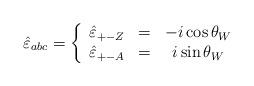
LaTeX: \begin{align*}\hat{\varepsilon}_{abc} = \left\{ \begin{array} {ccc} \hat{\varepsilon}_{+-Z}&=&- i \cos\theta_W\\ \hat{\varepsilon}_{+-A}& =&i \sin\theta_W \end{array}\right.\end{align*}